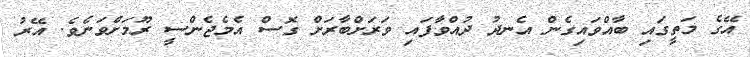
އޭގެ މަތީގައި ބާއްވައިގެން އެނދު ދުއްވާފައި ވަރަށްބާރަށް ގޮސް އެމެޖެންސީ ރޫމަށްވަނެވެ. އޭރު